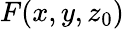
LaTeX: F(x,y,z_{0})